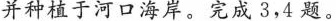
并种植于河口海岸。完成3，4题。